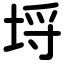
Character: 埒